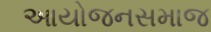
આયોજનસમાજ